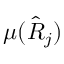
\mu ( \hat { R } _ { j } )